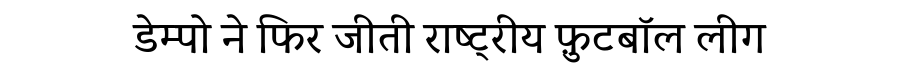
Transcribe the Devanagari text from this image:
डेम्पो ने फिर जीती राष्ट्रीय फ़ुटबॉल लीग